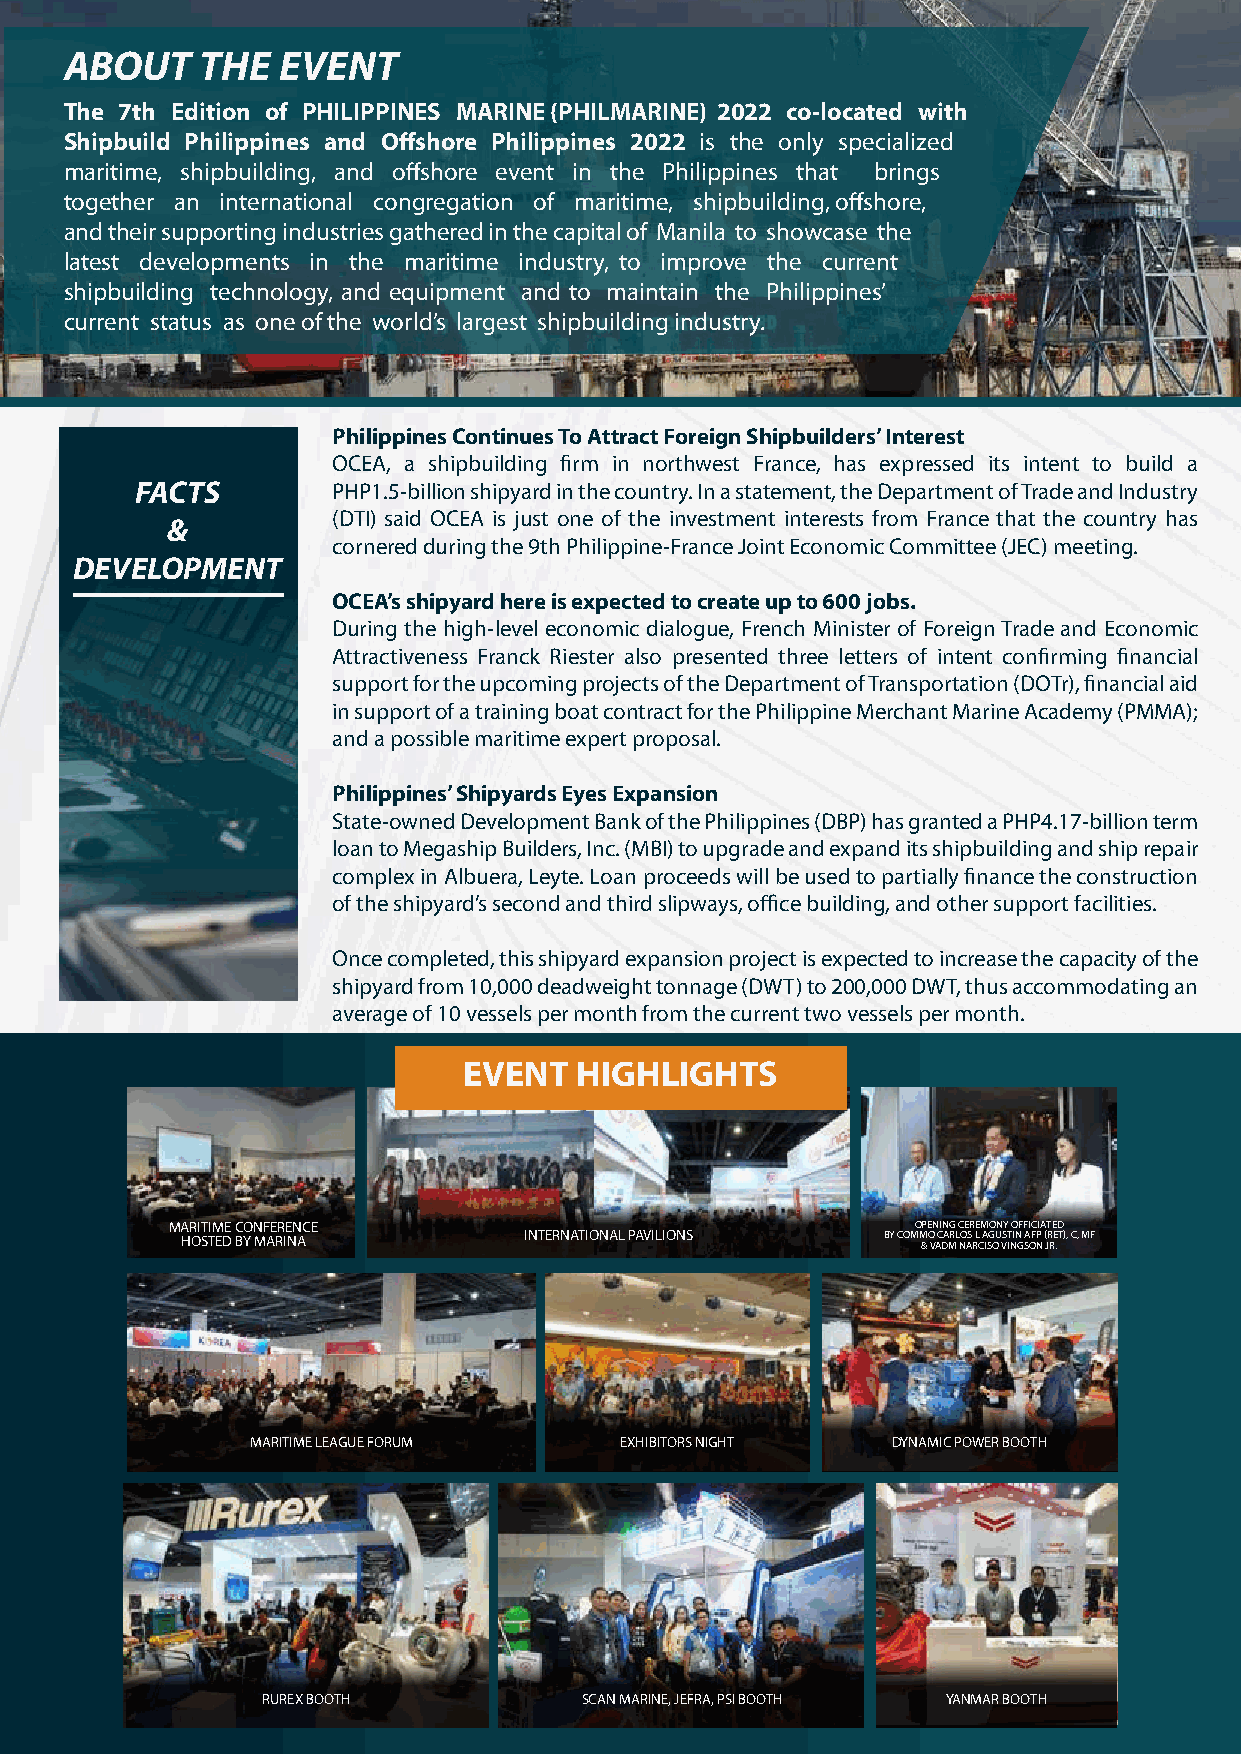
ABOUT    THE  EVENT
 The 7th Edition of PHILIPPINES MARINE (PHILMARINE) 2022 co-located with
 Shipbuild Philippines and Offshore Philippines 2022 is the only specialized
 maritime, shipbuilding, and offshore event in the Philippines that brings
 together an international congregation of maritime, shipbuilding, offshore,
 and their supporting industries gathered in the capital of Manila to showcase the
 latest developments in the maritime industry, to improve the current
 shipbuilding technology, and equipment and to maintain the Philippines’
 current status as one of the world’s largest shipbuilding industry.
 Philippines Continues To Attract Foreign Shipbuilders’ Interest
 OCEA, a shipbuilding firm in northwest France, has expressed its intent to build a
 FACTS        PHP1.5-billion shipyard in the country. In a statement, the Department of Trade and Industry
 (DTI) said OCEA is just one of the investment interests from France that the country has
 &
 cornered during the 9th Philippine-France Joint Economic Committee (JEC) meeting.
 DEVELOPMENT
 OCEA’s shipyard here is expected to create up to 600 jobs.
 During the high-level economic dialogue, French Minister of Foreign Trade and Economic
 Attractiveness Franck Riester also presented three letters of intent confirming financial
 support for the upcoming projects of the Department of Transportation (DOTr), financial aid
 in support of a training boat contract for the Philippine Merchant Marine Academy (PMMA);
 and a possible maritime expert proposal.
 Philippines’ Shipyards Eyes Expansion
 State-owned Development Bank of the Philippines (DBP) has granted a PHP4.17-billion term
 loan to Megaship Builders, Inc. (MBI) to upgrade and expand its shipbuilding and ship repair
 complex in Albuera, Leyte. Loan proceeds will be used to partially finance the construction
 of the shipyard’s second and third slipways, office building, and other support facilities.
 Once completed, this shipyard expansion project is expected to increase the capacity of the
 shipyard from 10,000 deadweight tonnage (DWT) to 200,000 DWT, thus accommodating an
 average of 10 vessels per month from the current two vessels per month.
 EVENT  HIGHLIGHTS
 MARITIME CONFERENCE                               OPENING CEREMONY OFFICIATED
 HOSTED BY MARINA       INTERNATIONAL PAVILIONS BY COMM &O V AC DA MRL NO AS RL C A ISG OU VST ININ G SA OFP N ( JR RE .T), C, MF
 MARITIME LEAGUE FORUM   EXHIBITORS NIGHT  DYNAMIC POWER BOOTH
 RUREX BOOTH           SCAN MARINE, JEFRA, PSI BOOTH YANMAR BOOTH